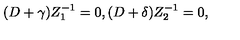
( D + \gamma ) Z _ { 1 } ^ { - 1 } = 0 , ( D + \delta ) Z _ { 2 } ^ { - 1 } = 0 ,